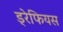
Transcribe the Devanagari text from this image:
ड्रेफियस